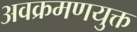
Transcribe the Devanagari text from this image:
अवक्रमणयुक्त